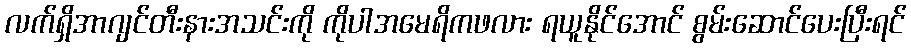
လက်ရှိအာဂျင်တီးနားအသင်းကို ကိုပါအမေရိကဖလား ရယူနိုင်အောင် စွမ်းဆောင်ပေးပြီးရင်